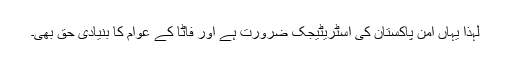
لہذا یہاں امن پاکستان کی اسٹریٹیجک ضرورت ہے اور فاٹا کے عوام کا بنیادی حق بھی۔